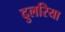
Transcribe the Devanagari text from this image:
दुलरिया